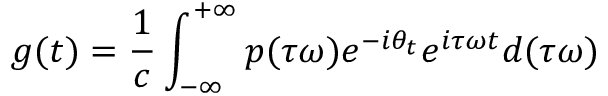
g ( t ) = \frac { 1 } { c } \int _ { - \infty } ^ { + \infty } p ( \tau \omega ) e ^ { - i \theta _ { t } } e ^ { i \tau \omega t } d ( \tau \omega )